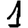
Digit: 1